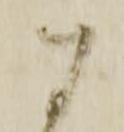
に